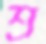
শ্র